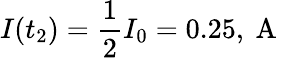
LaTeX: I(t_{2})=\frac{1}{2}I_{0}=0.25,\mathrm{~A~}